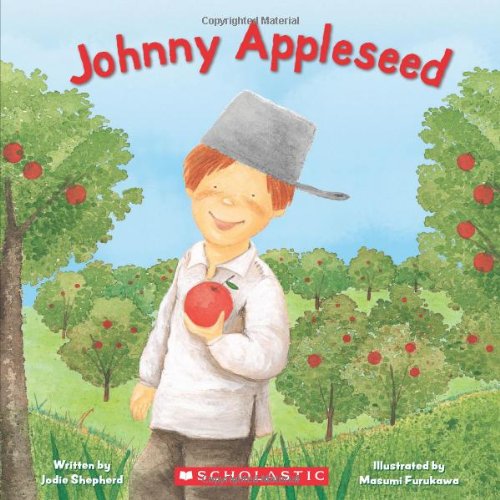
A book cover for Johnny Appleseed; Jodie Shepherd; Children's Books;